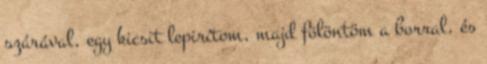
szárával, egy kicsit lepirítom, majd fölöntöm a borral, és